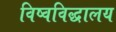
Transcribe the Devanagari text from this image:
विष्वविद्धालय